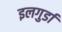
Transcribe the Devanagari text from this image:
इलगुर्डा